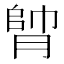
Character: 𦝭